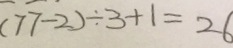
( 7 7 - 2 ) \div 3 + 1 = 2 6